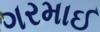
ગરમાઈ